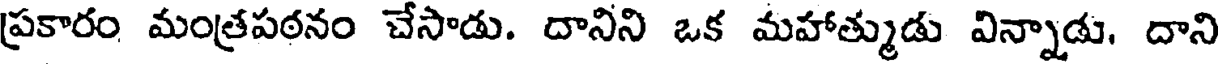
ప్రకారం మంత్రపఠనం చేసాడు. దానిని ఒక మహాత్ముడు విన్నాడు, దాని